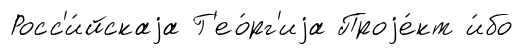
Росс'и́йскаjа Г'ео́рг'иjа Проjе́кт и́бо